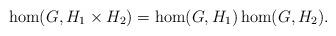
LaTeX: \begin{align*} \hom(G,H_1\times H_2)=\hom(G,H_1)\hom(G,H_2).\end{align*}